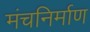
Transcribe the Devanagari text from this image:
मंचनिर्माण